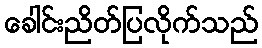
ခေါင်းညိတ်ပြလိုက်သည်